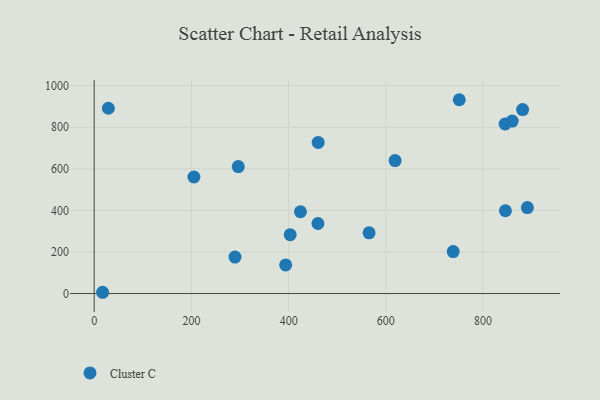
{"axis": {"x": "Investment", "y": "Sales"}, "legend": ["Cluster C"], "data": [{"x": "751.0", "y": 932.5, "type": "Cluster C"}, {"x": "296.4", "y": 610.9, "type": "Cluster C"}, {"x": "29.2", "y": 891.4, "type": "Cluster C"}, {"x": "460.8", "y": 727.0, "type": "Cluster C"}, {"x": "403.2", "y": 282.8, "type": "Cluster C"}, {"x": "845.3", "y": 815.7, "type": "Cluster C"}, {"x": "424.3", "y": 393.6, "type": "Cluster C"}, {"x": "881.3", "y": 885.2, "type": "Cluster C"}, {"x": "205.2", "y": 560.7, "type": "Cluster C"}, {"x": "460.3", "y": 337.0, "type": "Cluster C"}, {"x": "846.0", "y": 398.3, "type": "Cluster C"}, {"x": "859.9", "y": 829.9, "type": "Cluster C"}, {"x": "17.4", "y": 6.1, "type": "Cluster C"}, {"x": "393.9", "y": 137.5, "type": "Cluster C"}, {"x": "289.7", "y": 175.4, "type": "Cluster C"}, {"x": "738.5", "y": 201.7, "type": "Cluster C"}, {"x": "891.1", "y": 413.5, "type": "Cluster C"}, {"x": "565.5", "y": 292.2, "type": "Cluster C"}, {"x": "619.0", "y": 639.8, "type": "Cluster C"}]}